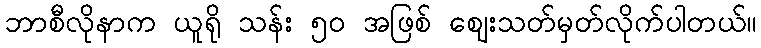
ဘာစီလိုနာက ယူရို သန်း ၅၀ အဖြစ် ဈေးသတ်မှတ်လိုက်ပါတယ်။